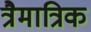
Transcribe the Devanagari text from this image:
त्रैमात्रिक